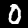
Label: 0